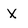
Character: X